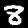
Label: 8